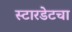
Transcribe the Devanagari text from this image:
स्टारडेटचा